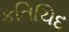
કતિચિદ